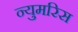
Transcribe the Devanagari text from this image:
न्युमरिस